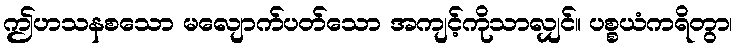
ဤဟသနစသော မလျောက်ပတ်သော အကျင့်ကိုသာလျှင်။ ပစ္စယံကရိတွာ၊